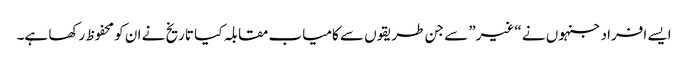
ایسے افراد جنہوں نے “غیر” سے جن طریقوں سے کامیاب مقابلہ کیا تاریخ نے ان کو محفوظ رکھا ہے۔